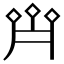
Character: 𠄷